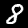
Digit: 8